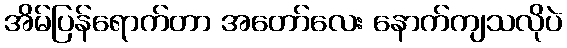
အိမ်ပြန်ရောက်တာ အတော်လေး နောက်ကျသလိုပဲ